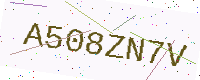
Text: A508ZN7V